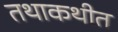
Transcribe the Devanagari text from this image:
तथाकथीत